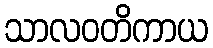
သာလဝတိကာယ